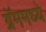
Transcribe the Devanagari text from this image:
ग्रॅममध्ये